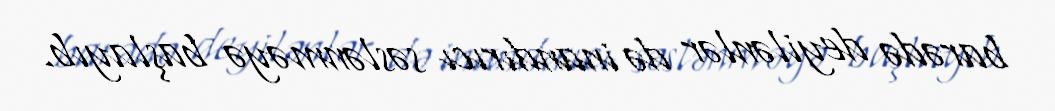
barədə deyilənlər də inandırıcı səslənməyə başlayıb.